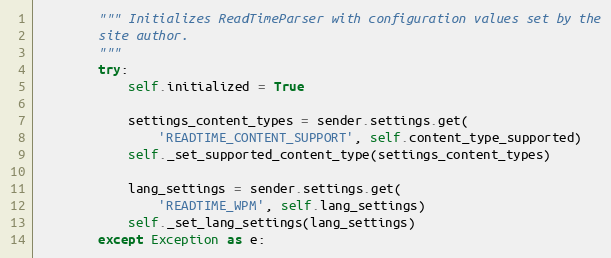
Language: Python
        """ Initializes ReadTimeParser with configuration values set by the
        site author.
        """
        try:
            self.initialized = True

            settings_content_types = sender.settings.get(
                'READTIME_CONTENT_SUPPORT', self.content_type_supported)
            self._set_supported_content_type(settings_content_types)

            lang_settings = sender.settings.get(
                'READTIME_WPM', self.lang_settings)
            self._set_lang_settings(lang_settings)
        except Exception as e: